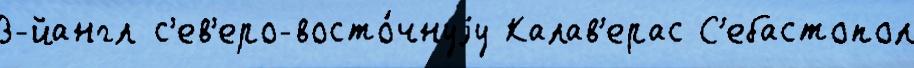
3-йангл с'ев'еро-восто́чнуjу Калав'ерас С'ебастопол